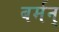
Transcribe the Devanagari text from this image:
बर्मन्